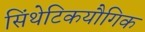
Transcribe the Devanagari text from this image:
सिंथेटिकयौगिक